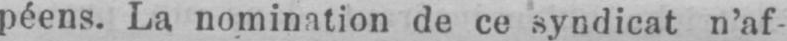
péens. La nomination de ce syndicat n’af-